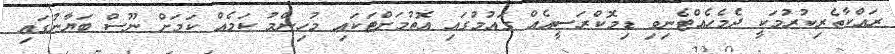
ރައްކާތެރިކުރުމަކީ ދެމެހެއްޓެނިވި ޑިމޮކްރަސީއެއް ގައުމުގައި އޮތުމަށްޓަކައި މުހިންމު ކަމެއް ކަމަށް ނޫސް ބަޔާނުގައި